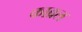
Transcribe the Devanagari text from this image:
काब्रल